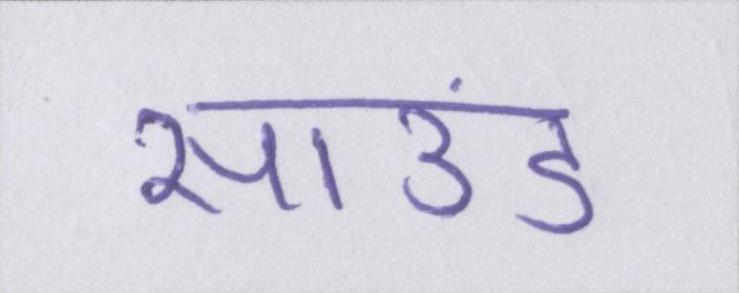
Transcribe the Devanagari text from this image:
साउंड